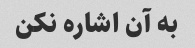
به آن اشاره نکن